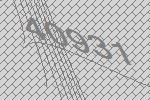
40931